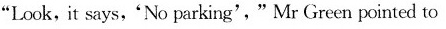
"Look,it says,'No parking'."Mr Green pointed to